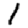
Digit: 1